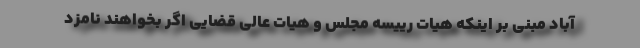
آباد مبنی بر اینکه هیات رییسه مجلس و هیات عالی قضایی اگر بخواهند نامزد